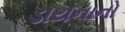
ડાયનાનો